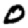
Digit: 0